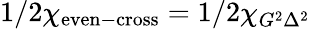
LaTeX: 1/2\chi_{\mathrm{even-cross}}=1/2\chi_{G^{2}\Delta^{2}}